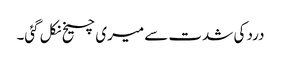
درد کی شدت سے میری چیخ نکل گئی۔